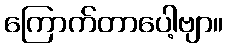
ကြောက်တာပေါ့ဗျာ။